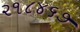
૨૧૮૪૬૭